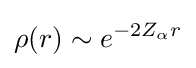
\rho (r)\sim e^{-2Z_{\alpha }r}